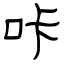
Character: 咔